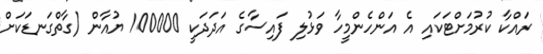
ރައްކާ ކުރުމަށްޓަކައި އެ އަންހެންމީހާ ވަޅުލި ފައިސާގެ އަދަދަކީ 100000 ޔުއާން (ގާތްގަނޑަކަށް